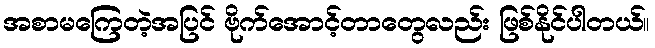
အစာမကြေတဲ့အပြင် ဗိုက်အောင့်တာတွေလည်း ဖြစ်နိုင်ပါတယ်။